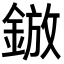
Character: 𮢓